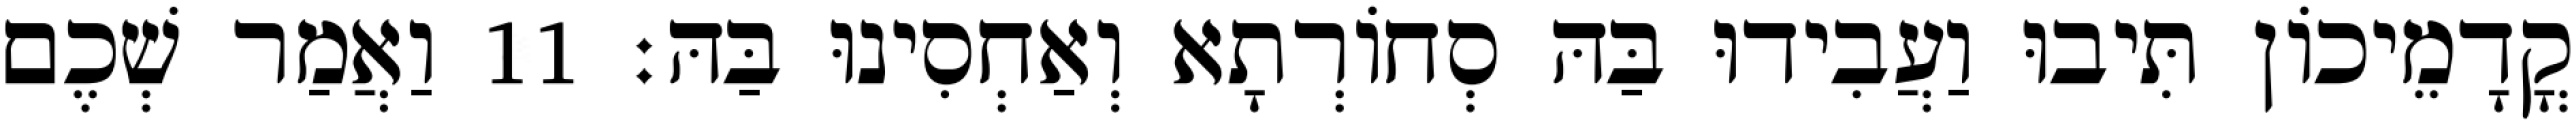
קֳדָמֵיכוֹן תִּיבוּ וַעֲבִידוּ בַּהּ סְחוֹרְתָא וְאַחְסִינוּ בַּהּ׃ 11 וַאֲמַר שְׁכֶם